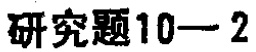
研究题10—2